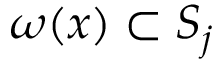
\omega ( x ) \subset S _ { j }